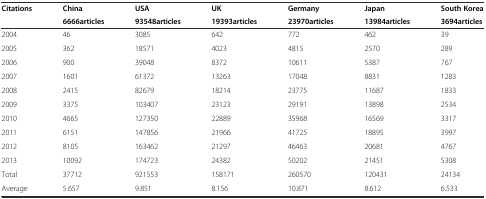
<table><thead><tr><td rowspan="2"><b>Citations</b></td><td><b>China</b></td><td><b>USA</b></td><td><b>UK</b></td><td><b>Germany</b></td><td><b>Japan</b></td><td><b>South Korea</b></td></tr><tr><td><b>6666articles</b></td><td><b>93548articles</b></td><td><b>19393articles</b></td><td><b>23970articles</b></td><td><b>13984articles</b></td><td><b>3694articles</b></td></tr></thead><tbody><tr><td>2004</td><td>46</td><td>3085</td><td>642</td><td>772</td><td>462</td><td>39</td></tr><tr><td>2005</td><td>362</td><td>18571</td><td>4023</td><td>4815</td><td>2570</td><td>289</td></tr><tr><td>2006</td><td>900</td><td>39048</td><td>8372</td><td>10611</td><td>5387</td><td>767</td></tr><tr><td>2007</td><td>1601</td><td>61372</td><td>13263</td><td>17048</td><td>8831</td><td>1283</td></tr><tr><td>2008</td><td>2415</td><td>82679</td><td>18214</td><td>23775</td><td>11687</td><td>1833</td></tr><tr><td>2009</td><td>3375</td><td>103407</td><td>23123</td><td>29191</td><td>13898</td><td>2534</td></tr><tr><td>2010</td><td>4665</td><td>127350</td><td>22889</td><td>35968</td><td>16569</td><td>3317</td></tr><tr><td>2011</td><td>6151</td><td>147856</td><td>21966</td><td>41725</td><td>18895</td><td>3997</td></tr><tr><td>2012</td><td>8105</td><td>163462</td><td>21297</td><td>46463</td><td>20681</td><td>4767</td></tr><tr><td>2013</td><td>10092</td><td>174723</td><td>24382</td><td>50202</td><td>21451</td><td>5308</td></tr><tr><td>Total</td><td>37712</td><td>921553</td><td>158171</td><td>260570</td><td>120431</td><td>24134</td></tr><tr><td>Average</td><td>5.657</td><td>9.851</td><td>8.156</td><td>10.871</td><td>8.612</td><td>6.533</td></tr></tbody></table>